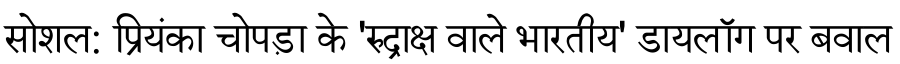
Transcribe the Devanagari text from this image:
सोशल: प्रियंका चोपड़ा के 'रुद्राक्ष वाले भारतीय' डायलॉग पर बवाल